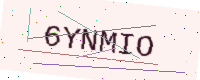
Text: 6YNMIO